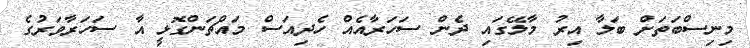
މިނިސްބަތަށް ބަލާ އިރު މާލޭގައި ދެން ސަހަރާއެއް ހެދިއަސް މައްޗަންގޮޅީ އާ ސަހަރާވަރުގެ